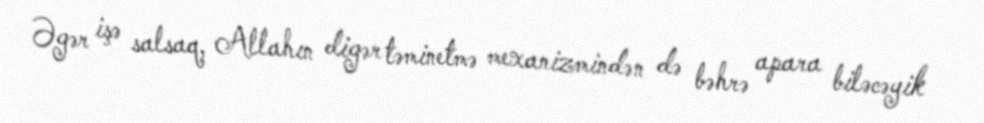
Əgər işə salsaq, Allahın digər təminetmə mexanizmindən də bəhrə apara biləcəyik